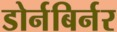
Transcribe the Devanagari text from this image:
डोर्नबिर्नर